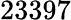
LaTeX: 23397